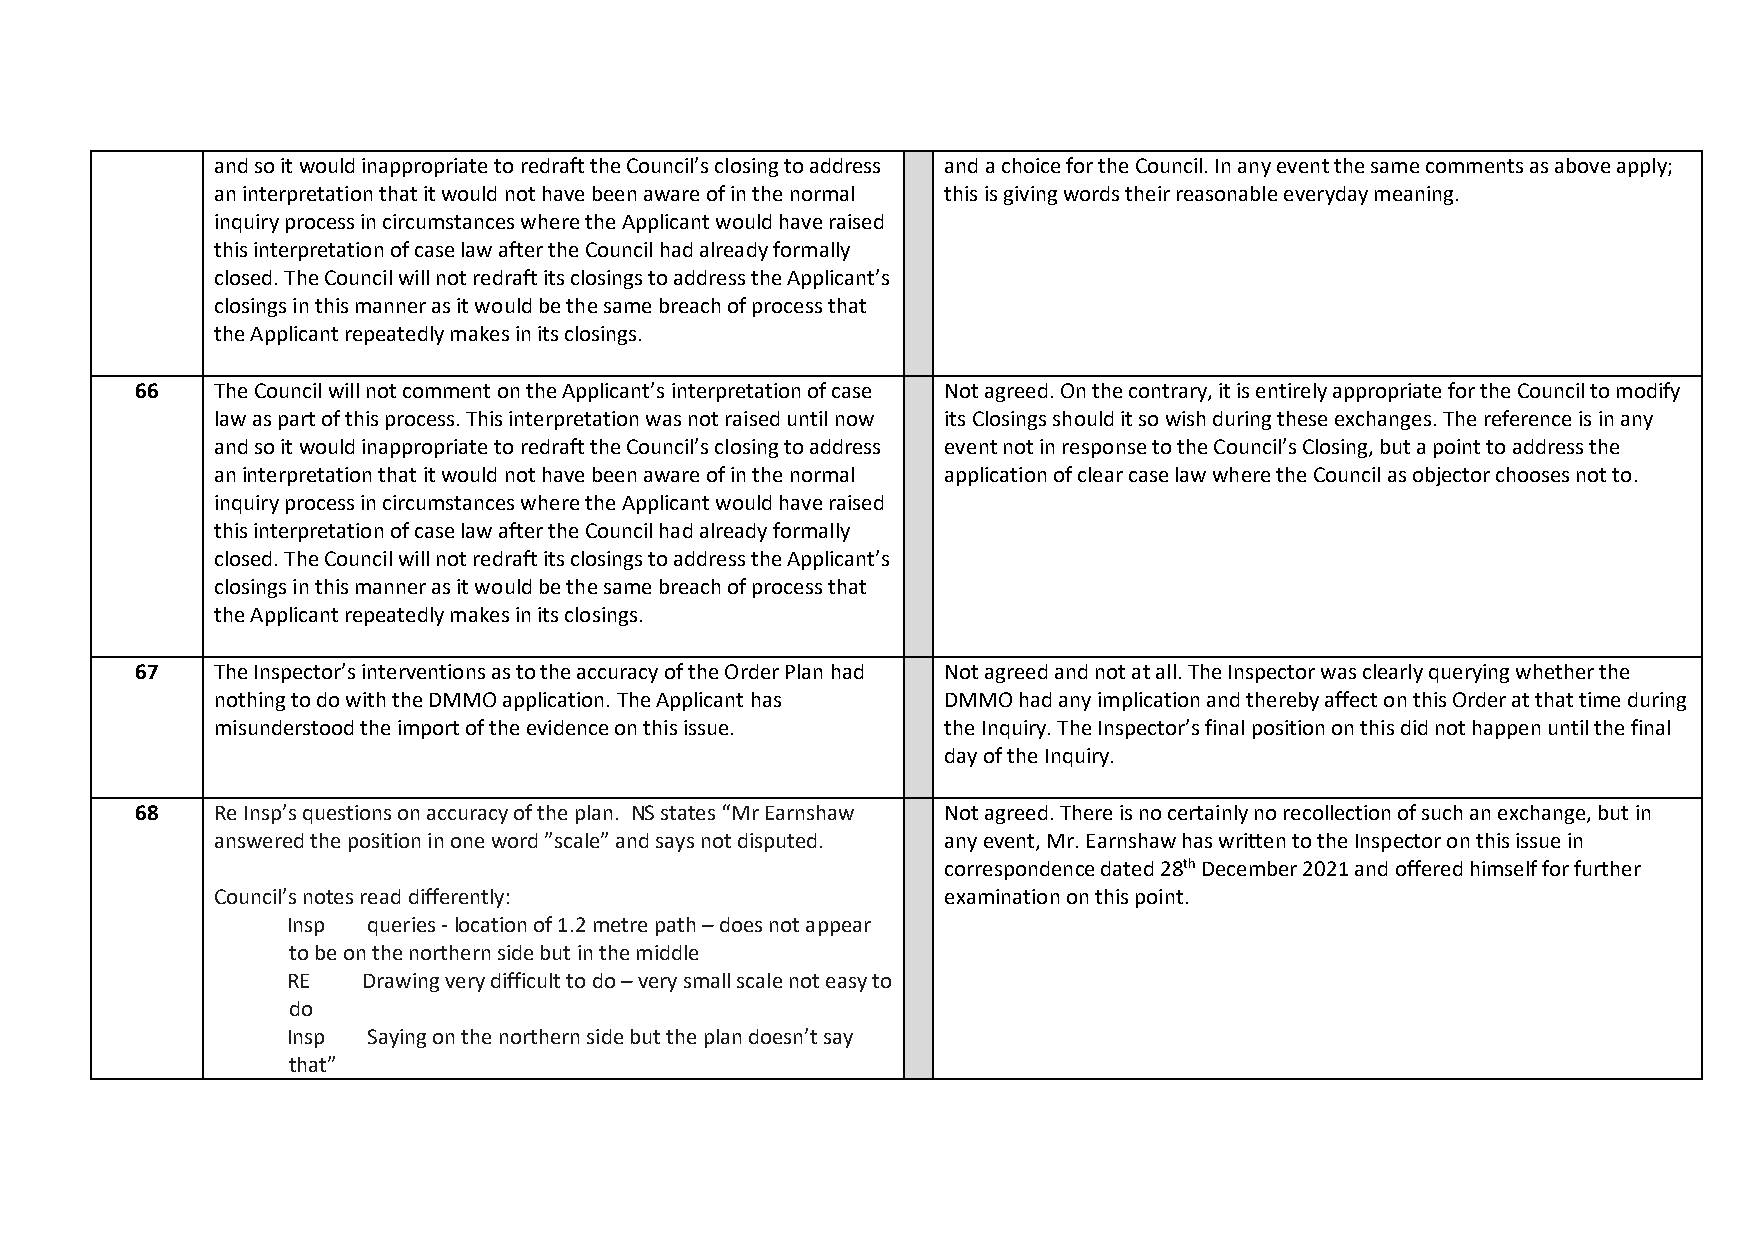
and so it would inappropriate to redraft the Council’s closing to address and a choice for the Council. In any event the same comments as above apply;
 an interpretation that it would not have been aware of in the normal this is giving words their reasonable everyday meaning.
 inquiry process in circumstances where the Applicant would have raised
 this interpretation of case law after the Council had already formally
 closed. The Council will not redraft its closings to address the Applicant’s
 closings in this manner as it would be the same breach of process that
 the Applicant repeatedly makes in its closings.
 66   The Council will not comment on the Applicant’s interpretation of case Not agreed. On the contrary, it is entirely appropriate for the Council to modify
 law as part of this process. This interpretation was not raised until now its Closings should it so wish during these exchanges. The reference is in any
 and so it would inappropriate to redraft the Council’s closing to address event not in response to the Council’s Closing, but a point to address the
 an interpretation that it would not have been aware of in the normal application of clear case law where the Council as objector chooses not to.
 inquiry process in circumstances where the Applicant would have raised
 this interpretation of case law after the Council had already formally
 closed. The Council will not redraft its closings to address the Applicant’s
 closings in this manner as it would be the same breach of process that
 the Applicant repeatedly makes in its closings.
 67   The Inspector’s interventions as to the accuracy of the Order Plan had Not agreed and not at all. The Inspector was clearly querying whether the
 nothing to do with the DMMO application. The Applicant has DMMO had any implication and thereby affect on this Order at that time during
 misunderstood the import of the evidence on this issue. the Inquiry. The Inspector’s final position on this did not happen until the final
 day of the Inquiry.
 68   Re Insp’s questions on accuracy of the plan. NS states “Mr Earnshaw Not agreed. There is no certainly no recollection of such an exchange, but in
 answered the position in one word ”scale” and says not disputed. any event, Mr. Earnshaw has written to the Inspector on this issue in
 correspondence dated 28th December 2021 and offered himself for further
 Council’s notes read differently:               examination on this point.
 Insp queries - location of 1.2 metre path – does not appear
 to be on the northern side but in the middle
 RE   Drawing very difficult to do – very small scale not easy to
 do
 Insp Saying on the northern side but the plan doesn’t say
 that”